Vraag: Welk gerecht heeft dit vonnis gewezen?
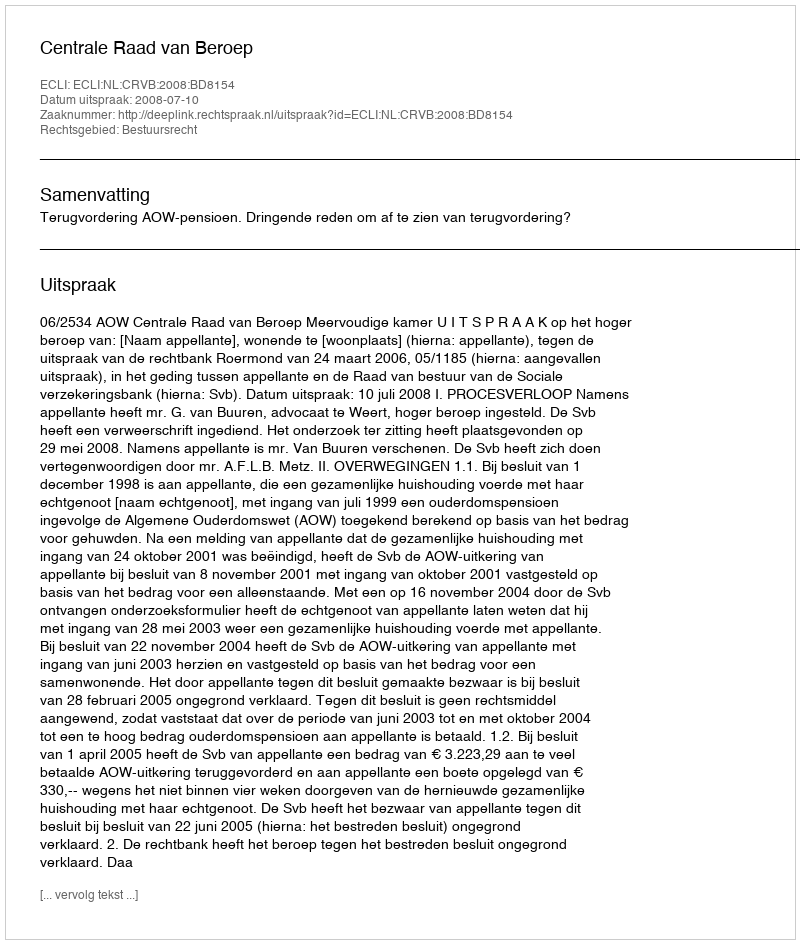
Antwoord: Centrale Raad van Beroep